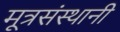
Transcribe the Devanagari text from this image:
मूत्रसंस्थानी